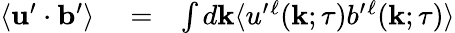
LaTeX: \begin{array}{rlr}{\langle{{\mathbf{u}}^{\prime}\cdot{\mathbf{b}}^{\prime}}\rangle}&{{}=}&{\int d{\mathbf{k}}\langle{u^{\prime}{}^{\ell}({\mathbf{k}};\tau)b^{\prime}{}^{\ell}({\mathbf{k}};\tau)}\rangle}\end{array}